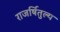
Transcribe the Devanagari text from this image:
राजर्षितुल्य